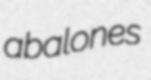
abalones